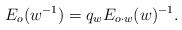
LaTeX: \begin{align*}E_o(w^{-1}) = q_wE_{o\cdot w}(w)^{-1}.\end{align*}